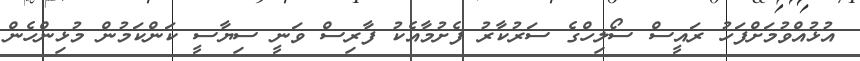
އުޅުއްވުމަށްފަހު ރައީސް ސޯލިހްގެ ސަރުކާރު ފެށުމާއެކު ފާރިސް ވަނީ ސިޔާސީ ކަންކަމުން މުޅިންހެން